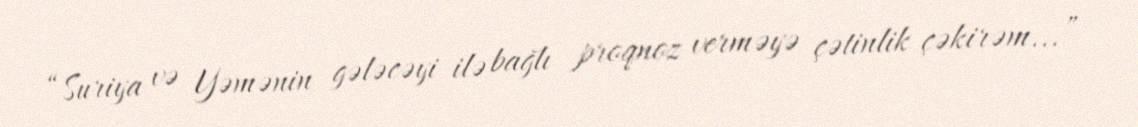
“Suriya və Yəmənin gələcəyi ilə bağlı proqnoz verməyə çətinlik çəkirəm...”